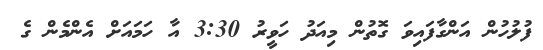
ފުލުހުން އަންގާފައިވަ ގޮތުން މިއަދު ހަވީރު 3:30 އާ ހަމައަށް އެންމެން ގެ